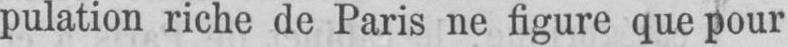
pulation riche de Paris ne figure que pour